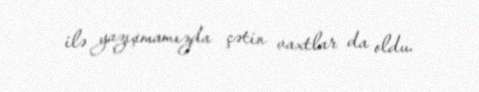
ilə yazışmamızda çətin vaxtlar da oldu.